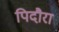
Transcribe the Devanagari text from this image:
पिदौरा